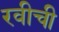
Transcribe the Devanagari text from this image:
रवीची